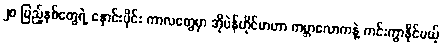
၂၀ ပြည့်နှစ်တွေရဲ့ နှောင်းပိုင်း ကာလတွေမှာ အိုပဲန်ဟိုင်မာဟာ ကမ္ဘာလောကနဲ့ ကင်းကွာနိုင်မယ့်